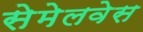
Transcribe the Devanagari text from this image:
सेमेलवेस